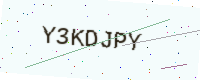
Text: Y3KDJPY